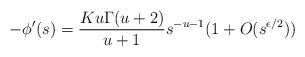
LaTeX: \begin{align*}-\phi'(s) = \frac{Ku\Gamma(u+2)}{u+1} s^{-u-1} (1+O(s^{\epsilon/2}))\end{align*}